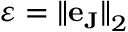
\varepsilon = { \| \mathbf { e } _ { \mathbf { J } } \| } _ { 2 }